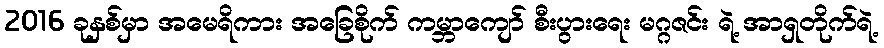
2016 ခုနှစ်မှာ အမေရိကား အခြေစိုက် ကမ္ဘာကျော် စီးပွားရေး မဂ္ဂဇင်း ရဲ့ အာရှတိုက်ရဲ့